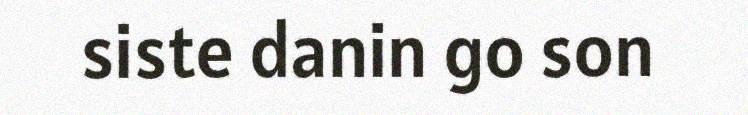
siste danin go son